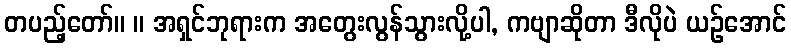
တပည့်တော်။ ။ အရှင်ဘုရားက အတွေးလွန်သွားလို့ပါ, ကဗျာဆိုတာ ဒီလိုပဲ ယဉ်အောင်